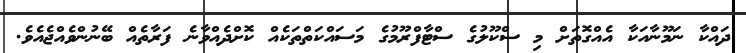
ދައްކާ ނަމޫނާއަކާ އެއްގޮތަށް މި ސްކޫލުގެ ސްޓާފްރޫމުގެ މަސައްކަތްތަކެއް ކޮށްދެއްވާނެ ފަރާތެއް ބޭނުންވެއްޖެއެވެ.